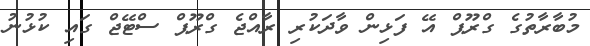
މުބާރާތުގެ ގްރޫޕް އޭ ފަޅިން ވާދަކުރި ރާއްޖެ ގްރޫޕް ސްޓޭޖް ގައި ކުޅުނު